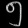
Digit: ၅